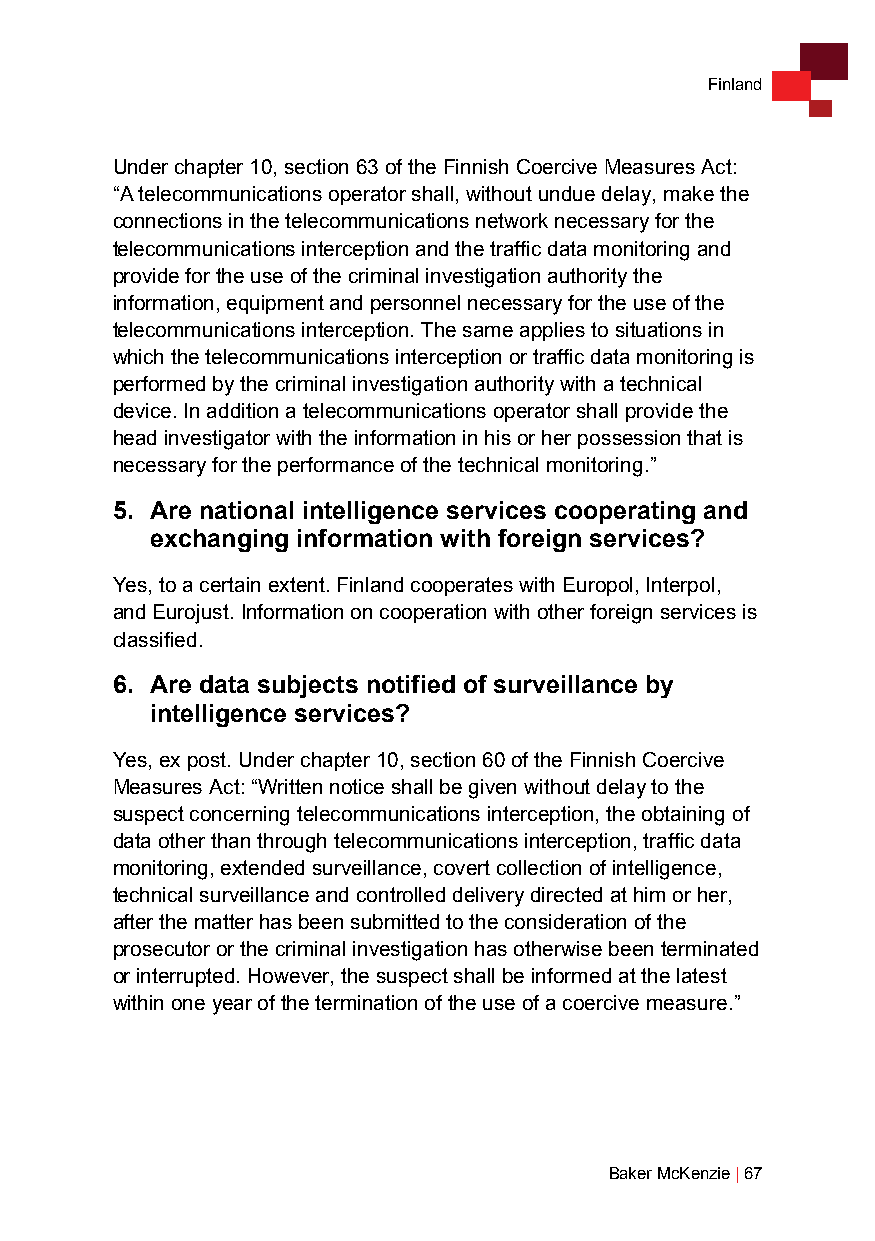
Finland
 Under chapter 10, section 63 of the Finnish Coercive Measures Act:
 “A telecommunications operator shall, without undue delay, make the
 connections in the telecommunications network necessary for the
 telecommunications interception and the traffic data monitoring and
 provide for the use of the criminal investigation authority the
 information, equipment and personnel necessary for the use of the
 telecommunications interception. The same applies to situations in
 which the telecommunications interception or traffic data monitoring is
 performed by the criminal investigation authority with a technical
 device. In addition a telecommunications operator shall provide the
 head investigator with the information in his or her possession that is
 necessary for the performance of the technical monitoring.”
 5. Are national intelligence services cooperating and
 exchanging information with foreign services?
 Yes, to a certain extent. Finland cooperates with Europol, Interpol,
 and Eurojust. Information on cooperation with other foreign services is
 classified.
 6. Are data subjects notified of surveillance by
 intelligence services?
 Yes, ex post. Under chapter 10, section 60 of the Finnish Coercive
 Measures Act: “Written notice shall be given without delay to the
 suspect concerning telecommunications interception, the obtaining of
 data other than through telecommunications interception, traffic data
 monitoring, extended surveillance, covert collection of intelligence,
 technical surveillance and controlled delivery directed at him or her,
 after the matter has been submitted to the consideration of the
 prosecutor or the criminal investigation has otherwise been terminated
 or interrupted. However, the suspect shall be informed at the latest
 within one year of the termination of the use of a coercive measure.”
 Baker McKenzie | 67